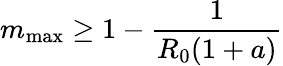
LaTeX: m_{\mathrm{max}}\geq 1-\frac{1}{R_{0}(1+a)}